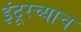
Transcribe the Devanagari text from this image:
इंदूरच्याच